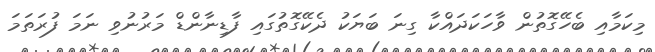
މިކަމާއި ބެހޭގޮތުން ވާހަކަދައްކާ ގިނަ ބަޔަކު ދެކޭގޮތުގައި ފާޑިނާންޑް މަރުނުވި ނަމަ ފުރަތަމަ